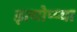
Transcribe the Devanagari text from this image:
इत्योप्प्या